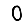
Digit: 0